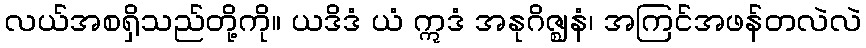
လယ်အစရှိသည်တို့ကို။ ယဒိဒံ ယံ ဣဒံ အနုဂိဇ္ဈနံ၊ အကြင်အဖန်တလဲလဲ